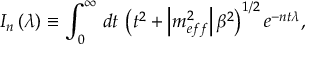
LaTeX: I _ { n } \left( \lambda \right) \equiv \int _ { 0 } ^ { \infty } \, d t \, \left( t ^ { 2 } + \left| m _ { e f f } ^ { 2 } \right| \beta ^ { 2 } \right) ^ { 1 / 2 } e ^ { - n t \lambda } ,